Report of the King Institute of Preventive Medicine, Guindy
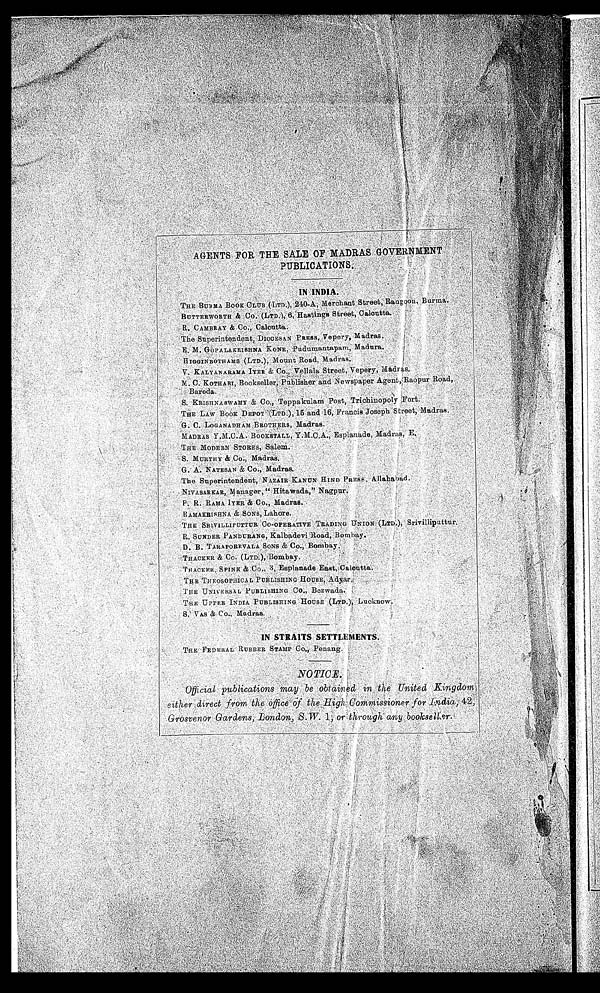
PUBLICATIONS. IN INDIA.
THE BURMA BOOK CLUB (LTD.), 240-A, Merchant Street, Rangoon, Burma.
BUTTERWORTH & Co. (LTD.), 6, Hastings Street, Calcutta.
R. CAMBRAY & Co., Calcutta.
The Superintendent, DIOCESAN PRESS, Vepery, Madras.
E. M. GOPALAKRISHNA KONE, Pudumantapam, Madura.
HIGGINBOTHAMS (LTD.), Mount Road, Madras.
V. KALYANARAMA IYER & Co., Vellala Street, Vepery, Madras.
M. C. KOTHARI, Bookseller, Publisher and Newspaper Agent, Raopur Road,
Baroda. S. KRISHNASWAMY & Co., Teppakulam Post, Trichinopoly Fort.
THE LAW BOOK DEPOT (LTD.), 15 and 16, Francis Joseph Street, Madras.
G. C. LOGANADHAM BROTHERS, Madras.
MADRAS Y.M.C.A. BOOKSTALL, Y.M.C.A., Esplanade, Madras, E.
THE MODERN STORES, Salem.
S. MURTHY & Co., Madras.
G. A. NATESAN & Co., Madras.
The Superintendent, NAZAIR KANUN HIND PRESS, Allahabad.
NIVASARKAR, Manager, "Hitawada," Nagpur.
P. R. RAMA IYER & Co., Madras.
RAMAKRISHNA & SONS, Lahore.
THE SRIVILLIPUTTUR CO-OPERATIVE TRADING UNION (LTD.), Srivilliputtur.
R. SUNDER PANDURANG, Kalbadevi Road, Bombay.
D. B. TARAPOREVALA SONS & Co., Bombay.
THACKER & Co. (LTD.), Bombay.
THACKER, SPINK & Co., 3, Esplanade East, Calcutta.
THE THEOSOPHICAL PUBLISHING HOUSE, Adyar.
THE UNIVERSAL PUBLISHING Co., Bezwada.
THE UPPER INDIA PUBLISHING HOUSE (LTD.), Lucknow.
S. VAS & Co., Madras.
IN STRAITS SETTLEMENTS.
THE FEDERAL RUBBER STAMP Co., Penang.
NOTICE. official publications may be obtained in the United Kindom either direct from the office of the High Commissioner for India, 42, Grosvenor Gardens, London, S. W. 1, or through any bookseller.